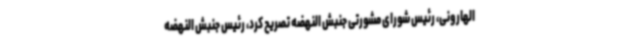
الهارونی، رئیس شورای مشورتی جنبش النهضه تصریح کرد، رئیس جنبش النهضه